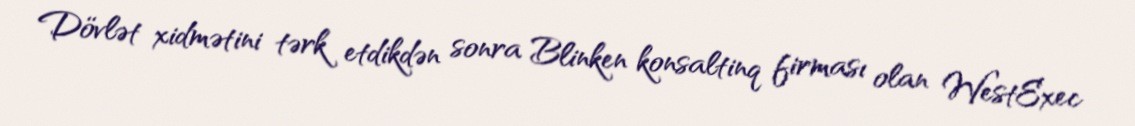
Dövlət xidmətini tərk etdikdən sonra Blinken konsaltinq firması olan WestExec